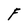
Character: F